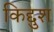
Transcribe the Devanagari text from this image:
किद्दुश